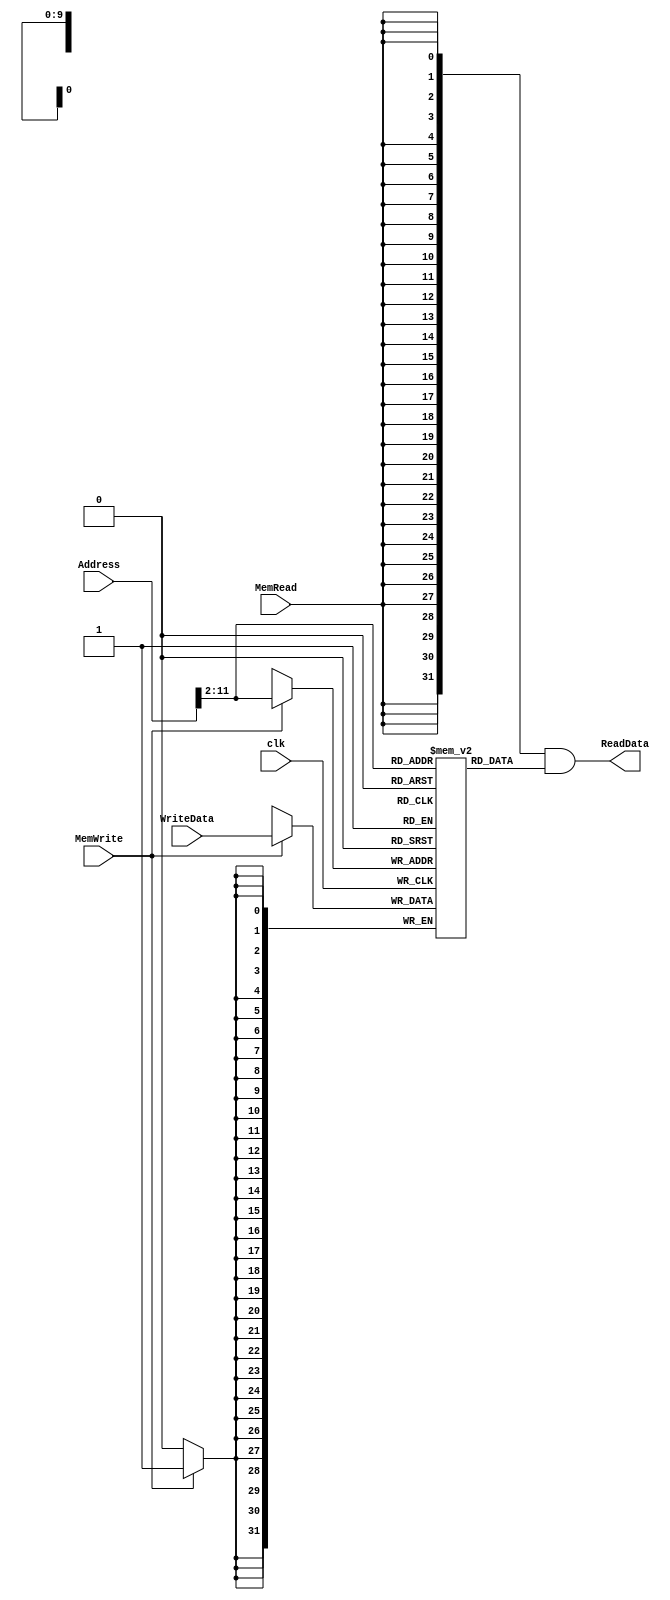
/******************************************************************
* Description
*	This is the data memory for the MIPS processor
*	1.0
* Author:
*	Dr. Jos Luis Pizano Escalante
* email:
*	luispizano@iteso.mx
* Date:
*	01/03/2014
******************************************************************/

module DataMemory 
#(	parameter DATA_WIDTH=32, //tamao de la memoria
	parameter MEMORY_DEPTH = 1024

)
(
	input [DATA_WIDTH-1:0] WriteData,
	input [DATA_WIDTH-1:0]  Address,
	input MemWrite,MemRead, clk,
	output  [DATA_WIDTH-1:0]  ReadData
);
	
	// Declare the RAM variable
	reg [DATA_WIDTH-1:0] ram[MEMORY_DEPTH-1:0];
	wire [DATA_WIDTH-1:0] ReadDataAux;
	
	wire [DATA_WIDTH-1:0] CorrectMemory;
	assign CorrectMemory = Address ;//- 32'h7fffeffc;
	//assign CorrectMemory = Address - 32'h61A80;// 40 000 decimal
	wire [DATA_WIDTH-1:0] newAddress;
	assign newAddress = {2'b0, CorrectMemory[(DATA_WIDTH-1):2]};


	always @ (negedge clk)
	begin
		// Write
		if (MemWrite)
			ram[newAddress] <= WriteData;
	end
	assign ReadDataAux = ram[newAddress];
  	assign ReadData = {DATA_WIDTH{MemRead}}& ReadDataAux;

endmodule
//datamemory//